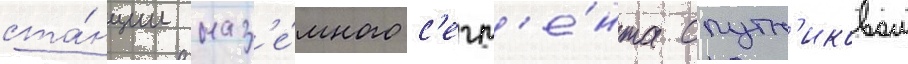
ста́нции наз'е́много с'егм'е́нта спутн'иковои